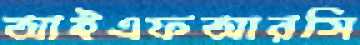
আইএফআরসি